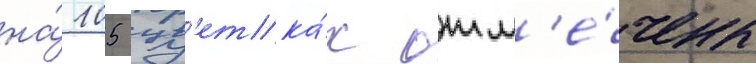
на́ 105 цв'етка́х отм'е́чены